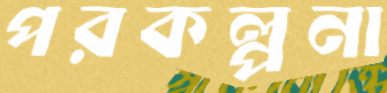
পরকল্পনা